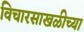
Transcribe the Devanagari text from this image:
विचारसाखळीच्या